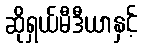
ဆိုရှယ်မီဒီယာနှင့်